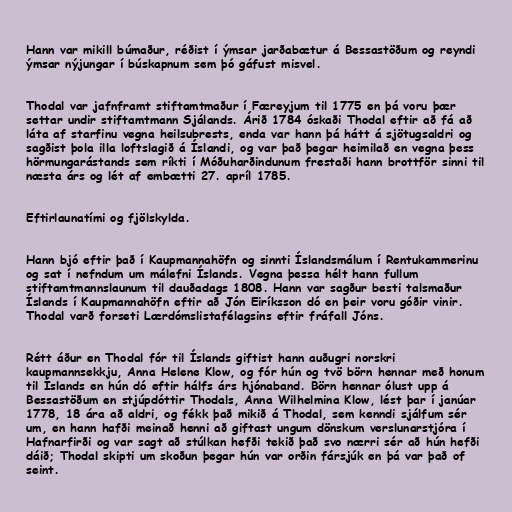
Hann var mikill búmaður, réðist í ýmsar jarðabætur á Bessastöðum og reyndi
ýmsar nýjungar í búskapnum sem þó gáfust misvel.

Thodal var jafnframt stiftamtmaður í Færeyjum til 1775 en þá voru þær
settar undir stiftamtmann Sjálands. Árið 1784 óskaði Thodal eftir að fá að
láta af starfinu vegna heilsubrests, enda var hann þá hátt á sjötugsaldri og
sagðist þola illa loftslagið á Íslandi, og var það þegar heimilað en vegna þess
hörmungarástands sem ríkti í Móðuharðindunum frestaði hann brottför sinni til
næsta árs og lét af embætti 27. apríl 1785.

Eftirlaunatími og fjölskylda.

Hann bjó eftir það í Kaupmannahöfn og sinnti Íslandsmálum í Rentukammerinu
og sat í nefndum um málefni Íslands. Vegna þessa hélt hann fullum
stiftamtmannslaunum til dauðadags 1808. Hann var sagður besti talsmaður
Íslands í Kaupmannahöfn eftir að Jón Eiríksson dó en þeir voru góðir vinir.
Thodal varð forseti Lærdómslistafélagsins eftir fráfall Jóns.

Rétt áður en Thodal fór til Íslands giftist hann auðugri norskri
kaupmannsekkju, Anna Helene Klow, og fór hún og tvö börn hennar með honum
til Íslands en hún dó eftir hálfs árs hjónaband. Börn hennar ólust upp á
Bessastöðum en stjúpdóttir Thodals, Anna Wilhelmina Klow, lést þar í janúar
1778, 18 ára að aldri, og fékk það mikið á Thodal, sem kenndi sjálfum sér
um, en hann hafði meinað henni að giftast ungum dönskum verslunarstjóra í
Hafnarfirði og var sagt að stúlkan hefði tekið það svo nærri sér að hún hefði
dáið; Thodal skipti um skoðun þegar hún var orðin fársjúk en þá var það of
seint.